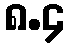
၈.၄